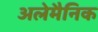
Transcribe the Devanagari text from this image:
अलेमैनिक